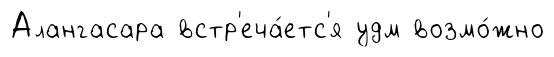
Алангасара встр'еча́етс'я удм возмо́жно